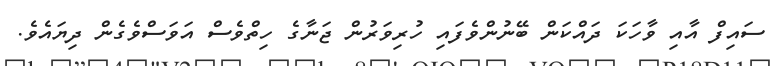
ސައިފް އާއި ވާހަކަ ދައްކަން ބޭނުންވެފައި ހުރިވަރުން ޖަނާގެ ހިތްވެސް އަވަސްވެގެން ދިޔައެވެ.